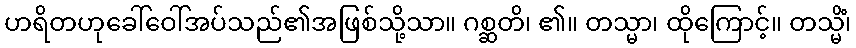
ဟရိတဟုခေါ်ဝေါ်အပ်သည်၏အဖြစ်သို့သာ။ ဂစ္ဆတိ၊ ၏။ တသ္မာ၊ ထိုကြောင့်။ တသ္မိံ၊